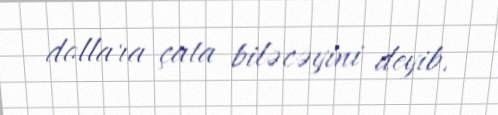
dollara çata biləcəyini deyib.